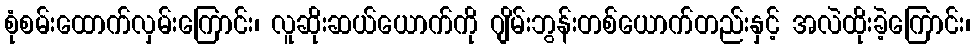
စုံစမ်းထောက်လှမ်းကြောင်း၊ လူဆိုးဆယ်ယောက်ကို ဂျိမ်းဘွန်းတစ်ယောက်တည်းနှင့် အလဲထိုးခဲ့ကြောင်း၊